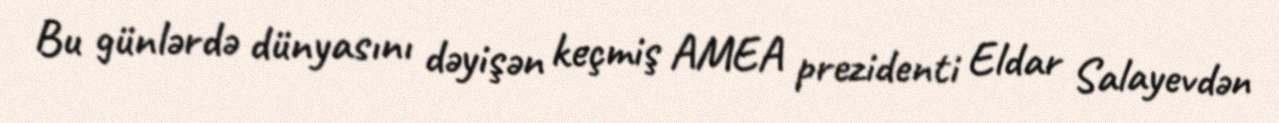
Bu günlərdə dünyasını dəyişən keçmiş AMEA prezidenti Eldar Salayevdən